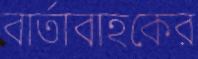
বার্তাবাহকের